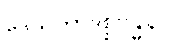
ဒေသိတာဒိစ္စဗန္ဓုနာ